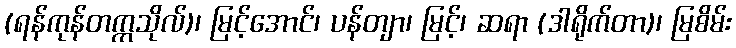
(ရန်ကုန်တက္ကသိုလ်)၊ မြင့်အောင်၊ ပန်တျာ၊ မြင့်၊ ဆရာ (ဒါရိုက်တာ)၊ မြစိမ်း